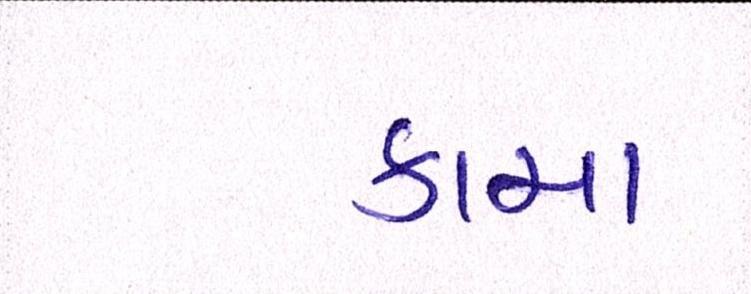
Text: કાચા